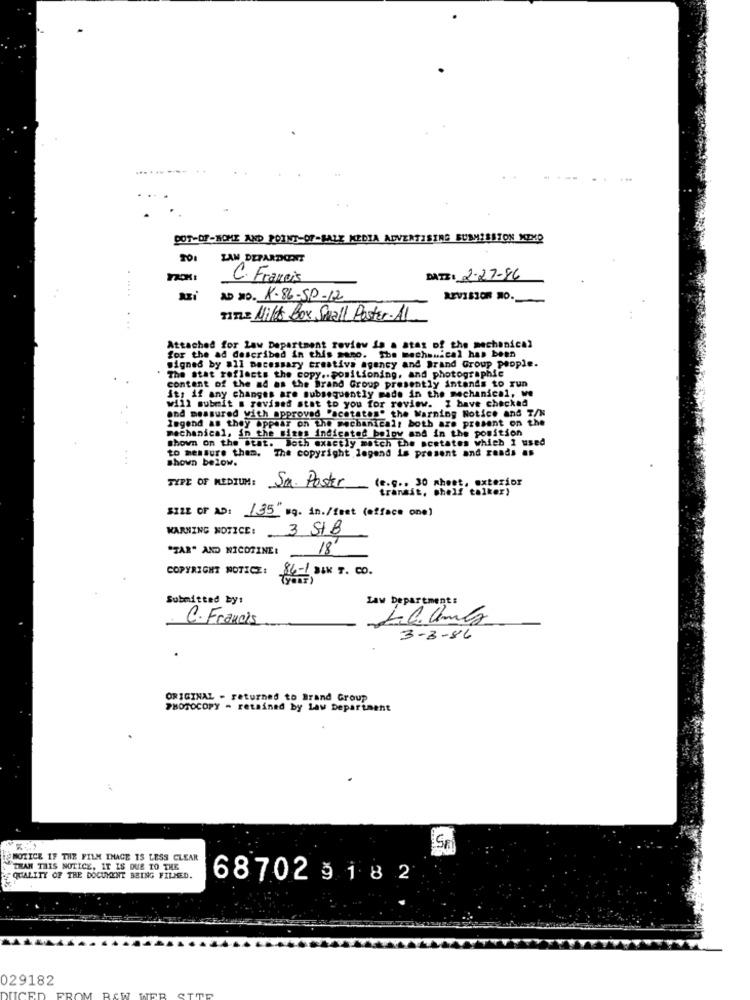
DOT-DF-NOME AND POINT-OF-SALE MEDIA ADVERTISING SUBMISSION MIXP
20:
ZAN DEPARDICENT
C. Francis
DATE: 2-27-86
AD NO. K-86-50-12
REVISION NO.
TITLE Milt Box Small Poster.AL
Attached for Law Department review in a atas of the mechanical
for the ad described in this sano. She mechanical has been
signed by all necessary creative agency and Brand Group people.
The stat reflects the copy .. positioning, and photographie
content of the ad as the Brand Group presently intends to run
it, if any changes are subsequently made in the mechanical, we
and measured with approved "acetates" the Warnin
will submit a revised stat to you for review. I have checked
legend as they appear on the mechanical: both are present on the
Warning Notice and T/N
mechanical, in the Biges indicated below and in the position
shown on the stat. Both exactly match the acetates which I used
to messure them.
The copyright legend is present and raads as
shown below.
TYPE OF MEDIUM:
(e.g .. 30 sheet, exterior
Sa. Poster
transit, shelf talker)
SILE OF AD: 135" sq. in./fest (efface one)
WARNING NOTICE:
3 StB
"TAR" AND NICOTINE:
18
COPYRIGHT NOTICE:
$4-1 3IK T. CO.
Submitted by:
Law Department:
C. Francis
3-3-86
ORIGINAL - returned to Brand Group
PHOTOCOPY - retained by Law Department
SP
MOTICE IF THE FILM IMAGE IS LESS CLEAR
THAN THIS NOTICE, IT IS DUE TO THE
QUALITY OF THE DOCUMENT BEING FILMED.
687029182
029182
UCE